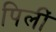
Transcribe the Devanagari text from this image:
पिलीं